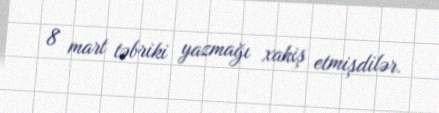
8 mart təbriki yazmağı xahiş etmişdilər.